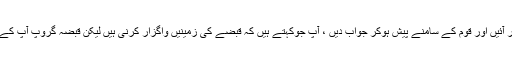
نیاز صاحب حقائق پر آئیں اور قوم کے سامنے پیش ہوکر جواب دیں ، آپ جوکہتے ہیں کہ قبضے کی زمینیں واگزار کرنی ہیں لیکن قبضہ گروپ آپ کے ارد گرد موجود ہیں۔